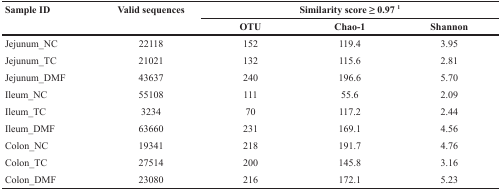
<table><thead><tr><td><b>Sample ID</b></td><td><b>Valid sequences</b></td><td colspan="3"><b>Similarity score ≥ 0.97 <sup>1</sup></b></td></tr><tr><td></td><td></td><td><b>OTU</b></td><td><b>Chao-1</b></td><td><b>Shannon</b></td></tr></thead><tbody><tr><td>Jejunum_NC</td><td>22118</td><td>152</td><td>119.4</td><td>3.95</td></tr><tr><td>Jejunum_TC</td><td>21021</td><td>132</td><td>115.6</td><td>2.81</td></tr><tr><td>Jejunum_DMF</td><td>43637</td><td>240</td><td>196.6</td><td>5.70</td></tr><tr><td>Ileum_NC</td><td>55108</td><td>111</td><td>55.6</td><td>2.09</td></tr><tr><td>Ileum_TC</td><td>3234</td><td>70</td><td>117.2</td><td>2.44</td></tr><tr><td>Ileum_DMF</td><td>63660</td><td>231</td><td>169.1</td><td>4.56</td></tr><tr><td>Colon_NC</td><td>19341</td><td>218</td><td>191.7</td><td>4.76</td></tr><tr><td>Colon_TC</td><td>27514</td><td>200</td><td>145.8</td><td>3.16</td></tr><tr><td>Colon_DMF</td><td>23080</td><td>216</td><td>172.1</td><td>5.23</td></tr></tbody></table>